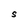
Character: S